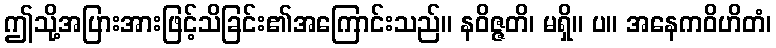
ဤသို့အပြားအားဖြင့်သိခြင်း၏အကြောင်းသည်။ နဝိဇ္ဇတိ၊ မရှိ။ ပ။ အနေကဝိဟိတံ၊